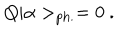
Q | \alpha > _ { \mathrm { p h . } } = 0 ~ .